Trukikaitis_Postimees, lk 22
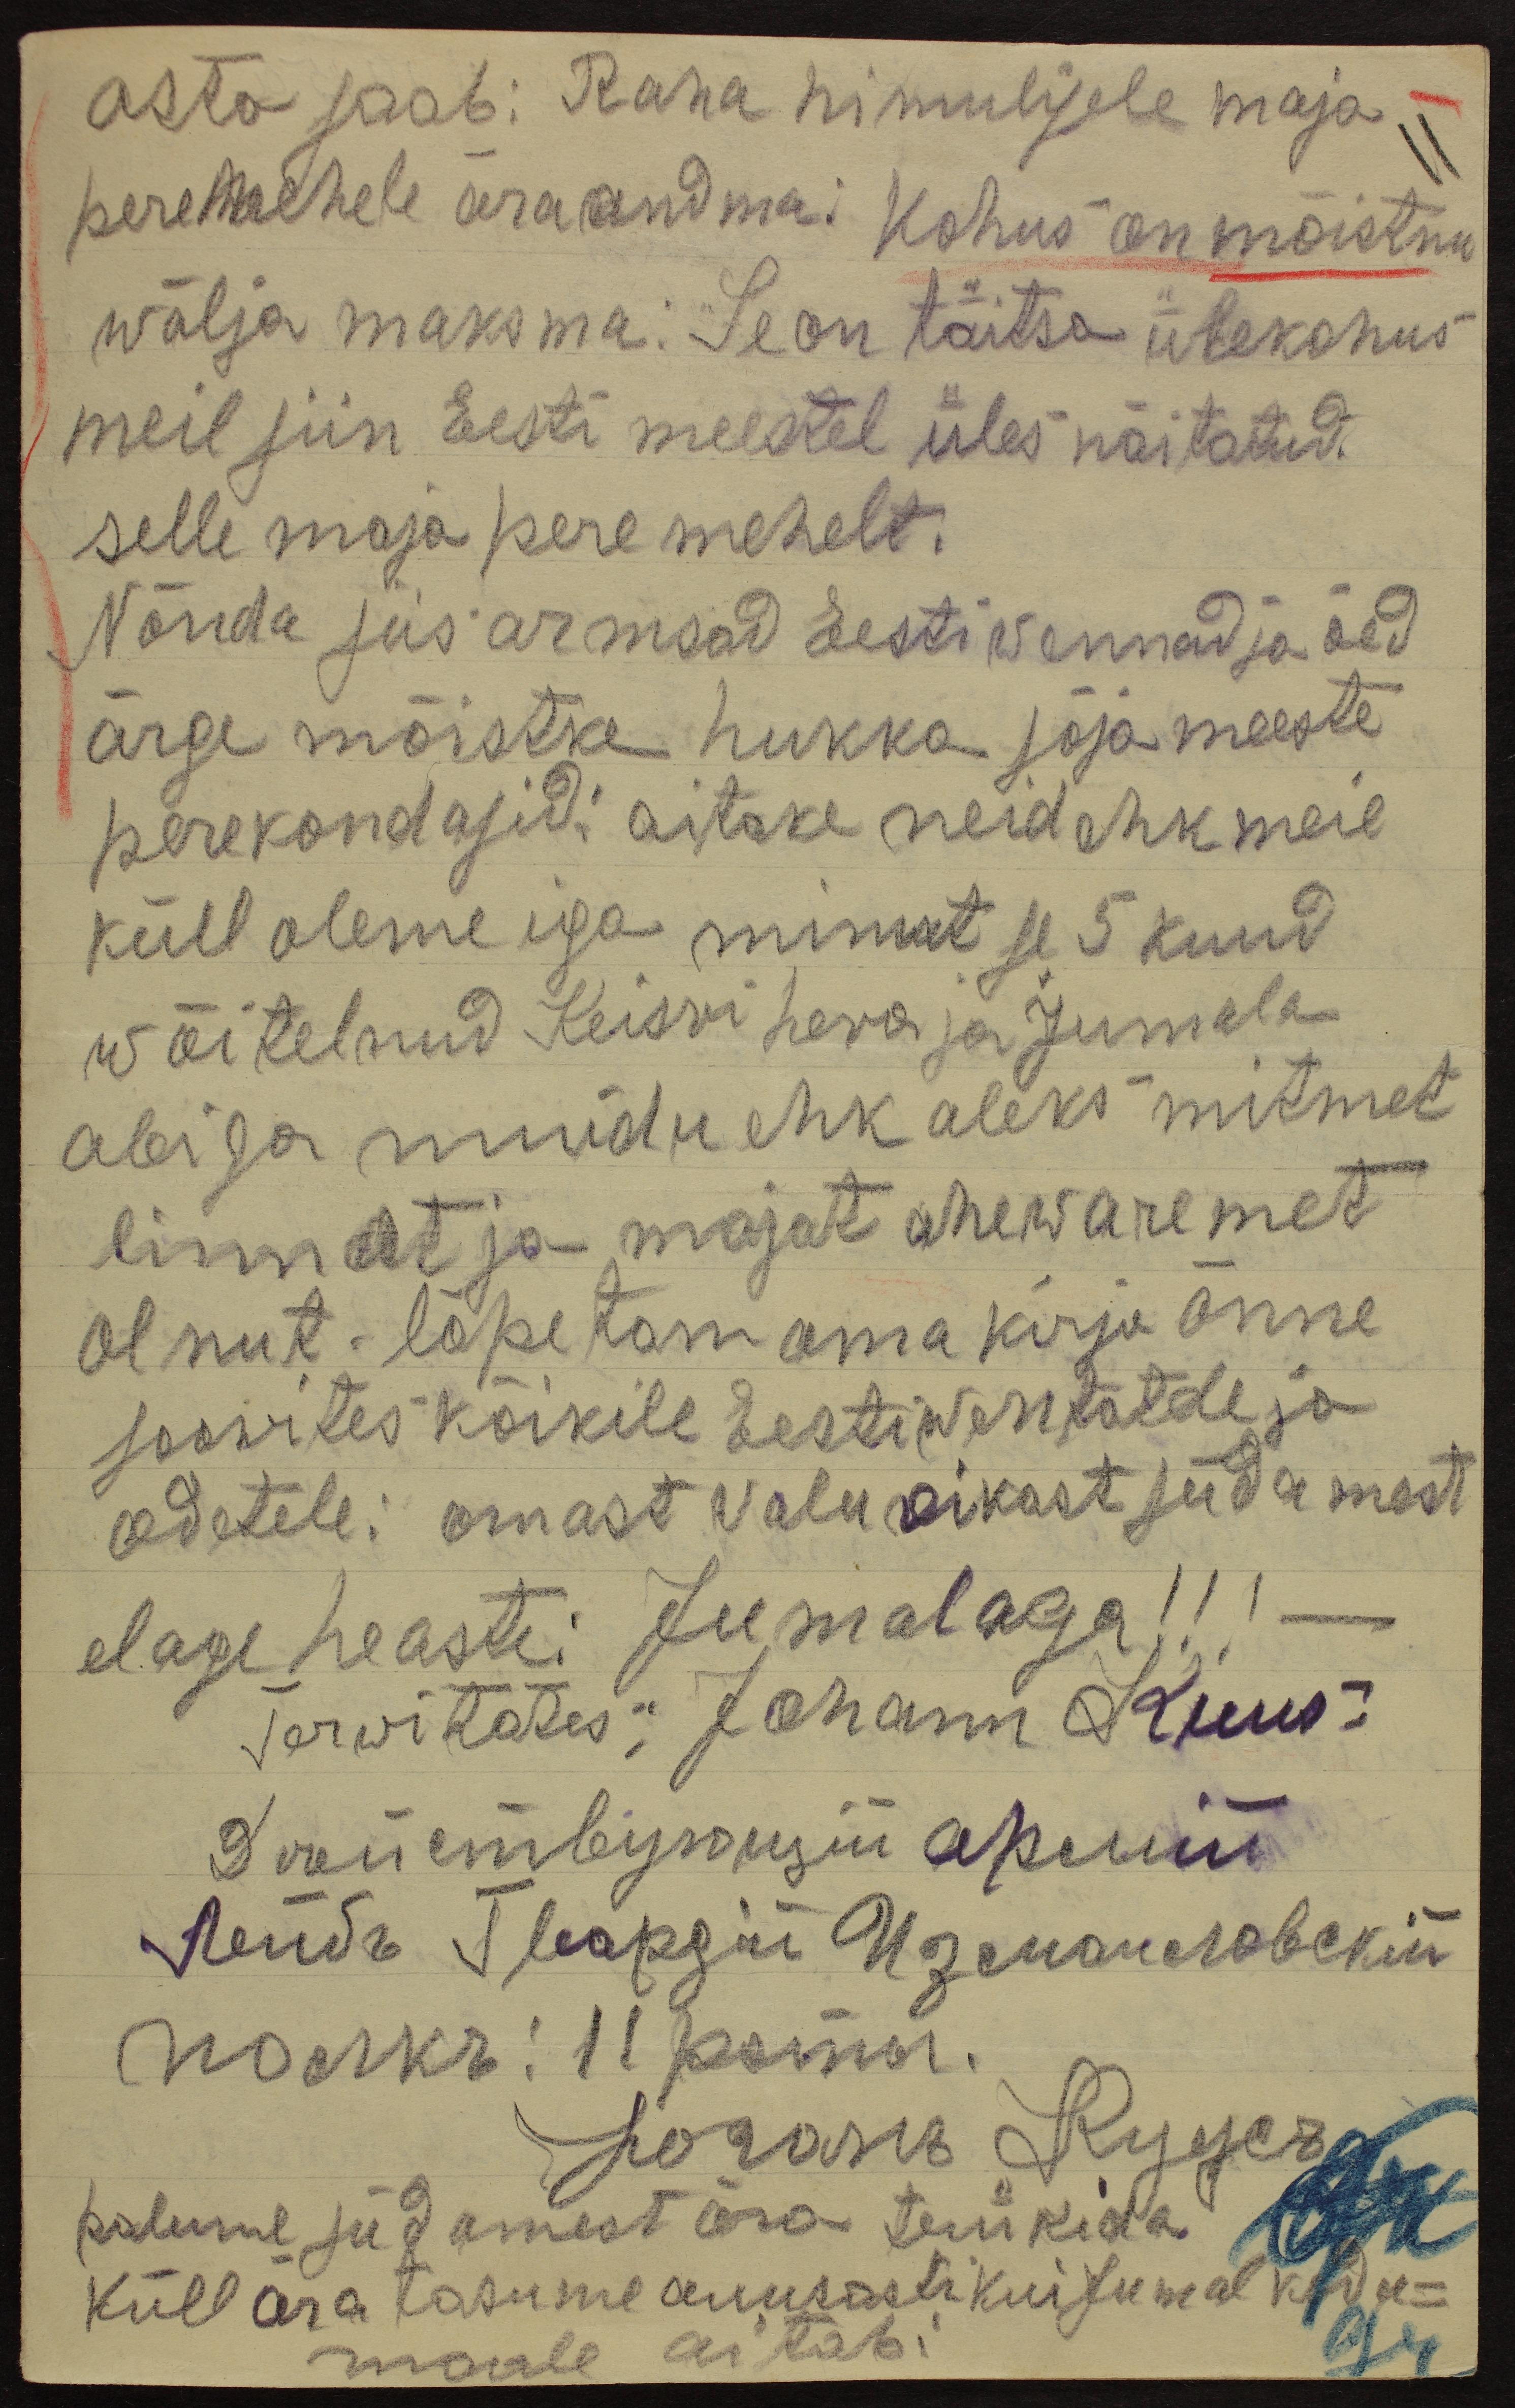
asto saab: Raha himulisele maja
peremehele ära andma. Kohus on mõistnu
wälja maksma. Se on täitsa ülekohus
meil siin Eesti meestel üles näitatud.
selle maja pere mehelt.
Nõnda siis armsad Eesti wennad ja õed
ärge mõistke hukka sõja meeste
perekondasid: aitake neid ehk meie
küll oleme iga minut se 5 kuud.
wõitelnud Keisri hera ja Jumala
abiga muidu ehk oleks mitmet
linnat ja majat ahewaremet
olnut - lõpetan oma kirja õnne
soowites kõikile Eesti wentatele ja
odetele: omast valuvikast südamest
elage heaste: Jumalaga!!!
terwitates; Johann Kuus:
palume südamest ära trükida
küll ära tasume auusasti kui Jumal kodu-
maale aitab: